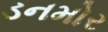
ડનમોર